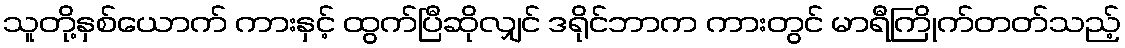
သူတို့နှစ်ယောက် ကားနှင့် ထွက်ပြီဆိုလျှင် ဒရိုင်ဘာက ကားတွင် မာရီကြိုက်တတ်သည့်